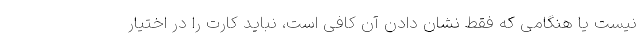
نیست یا هنگامی که فقط نشان دادن آن کافی است، نباید کارت را در اختیار